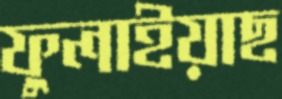
ফুলাইয়াছ